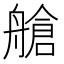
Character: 艙